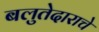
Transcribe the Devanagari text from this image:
बलुतेदाराचे